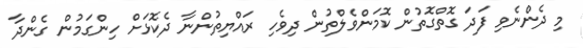
މި ދެންނެވި ފަދަ ގޮތްގޮތުން ކޮމަންވެލްތުން ދިވެހި ރައްޔިތުންނާ ދެކޮޅަށް ހިންގަމުން ގެންދާ